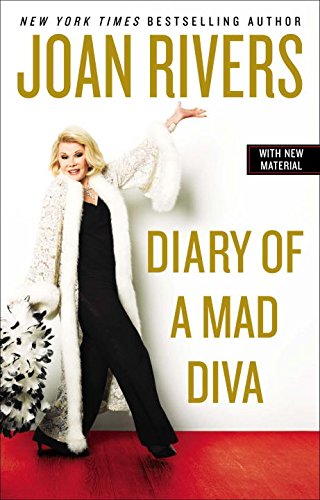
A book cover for Diary of a Mad Diva; Joan Rivers; Literature & Fiction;